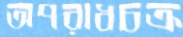
অপরাধচক্র